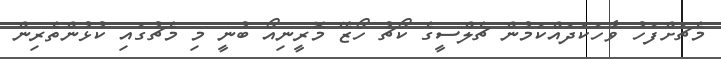
މެޗަށްފަހު ވާހަކަދައްކަމުން ޗެލްސީގެ ކޯޗު ހޯޒޭ މޮރީނިއޯ ބުނީ މި މެޗުގައި ކުޅުންތެރިން